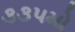
૩૩૫મો